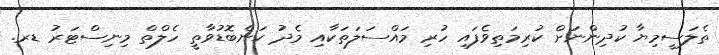
ތެލަސީމިޔާ ކުދިންނަށް ކުރިމަތިވެފައި ހުރި މައްސަލަތަކާއި މެދު ކަންބޮޑުވާތީ ހެލްތް މިނިސްޓަރު ޑރ.